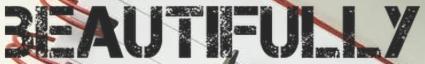
BEAUTIFULLY